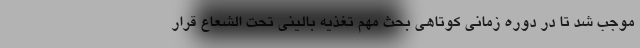
موجب شد تا در دوره زمانی کوتاهی بحث مهم تغذیه بالینی تحت الشعاع قرار